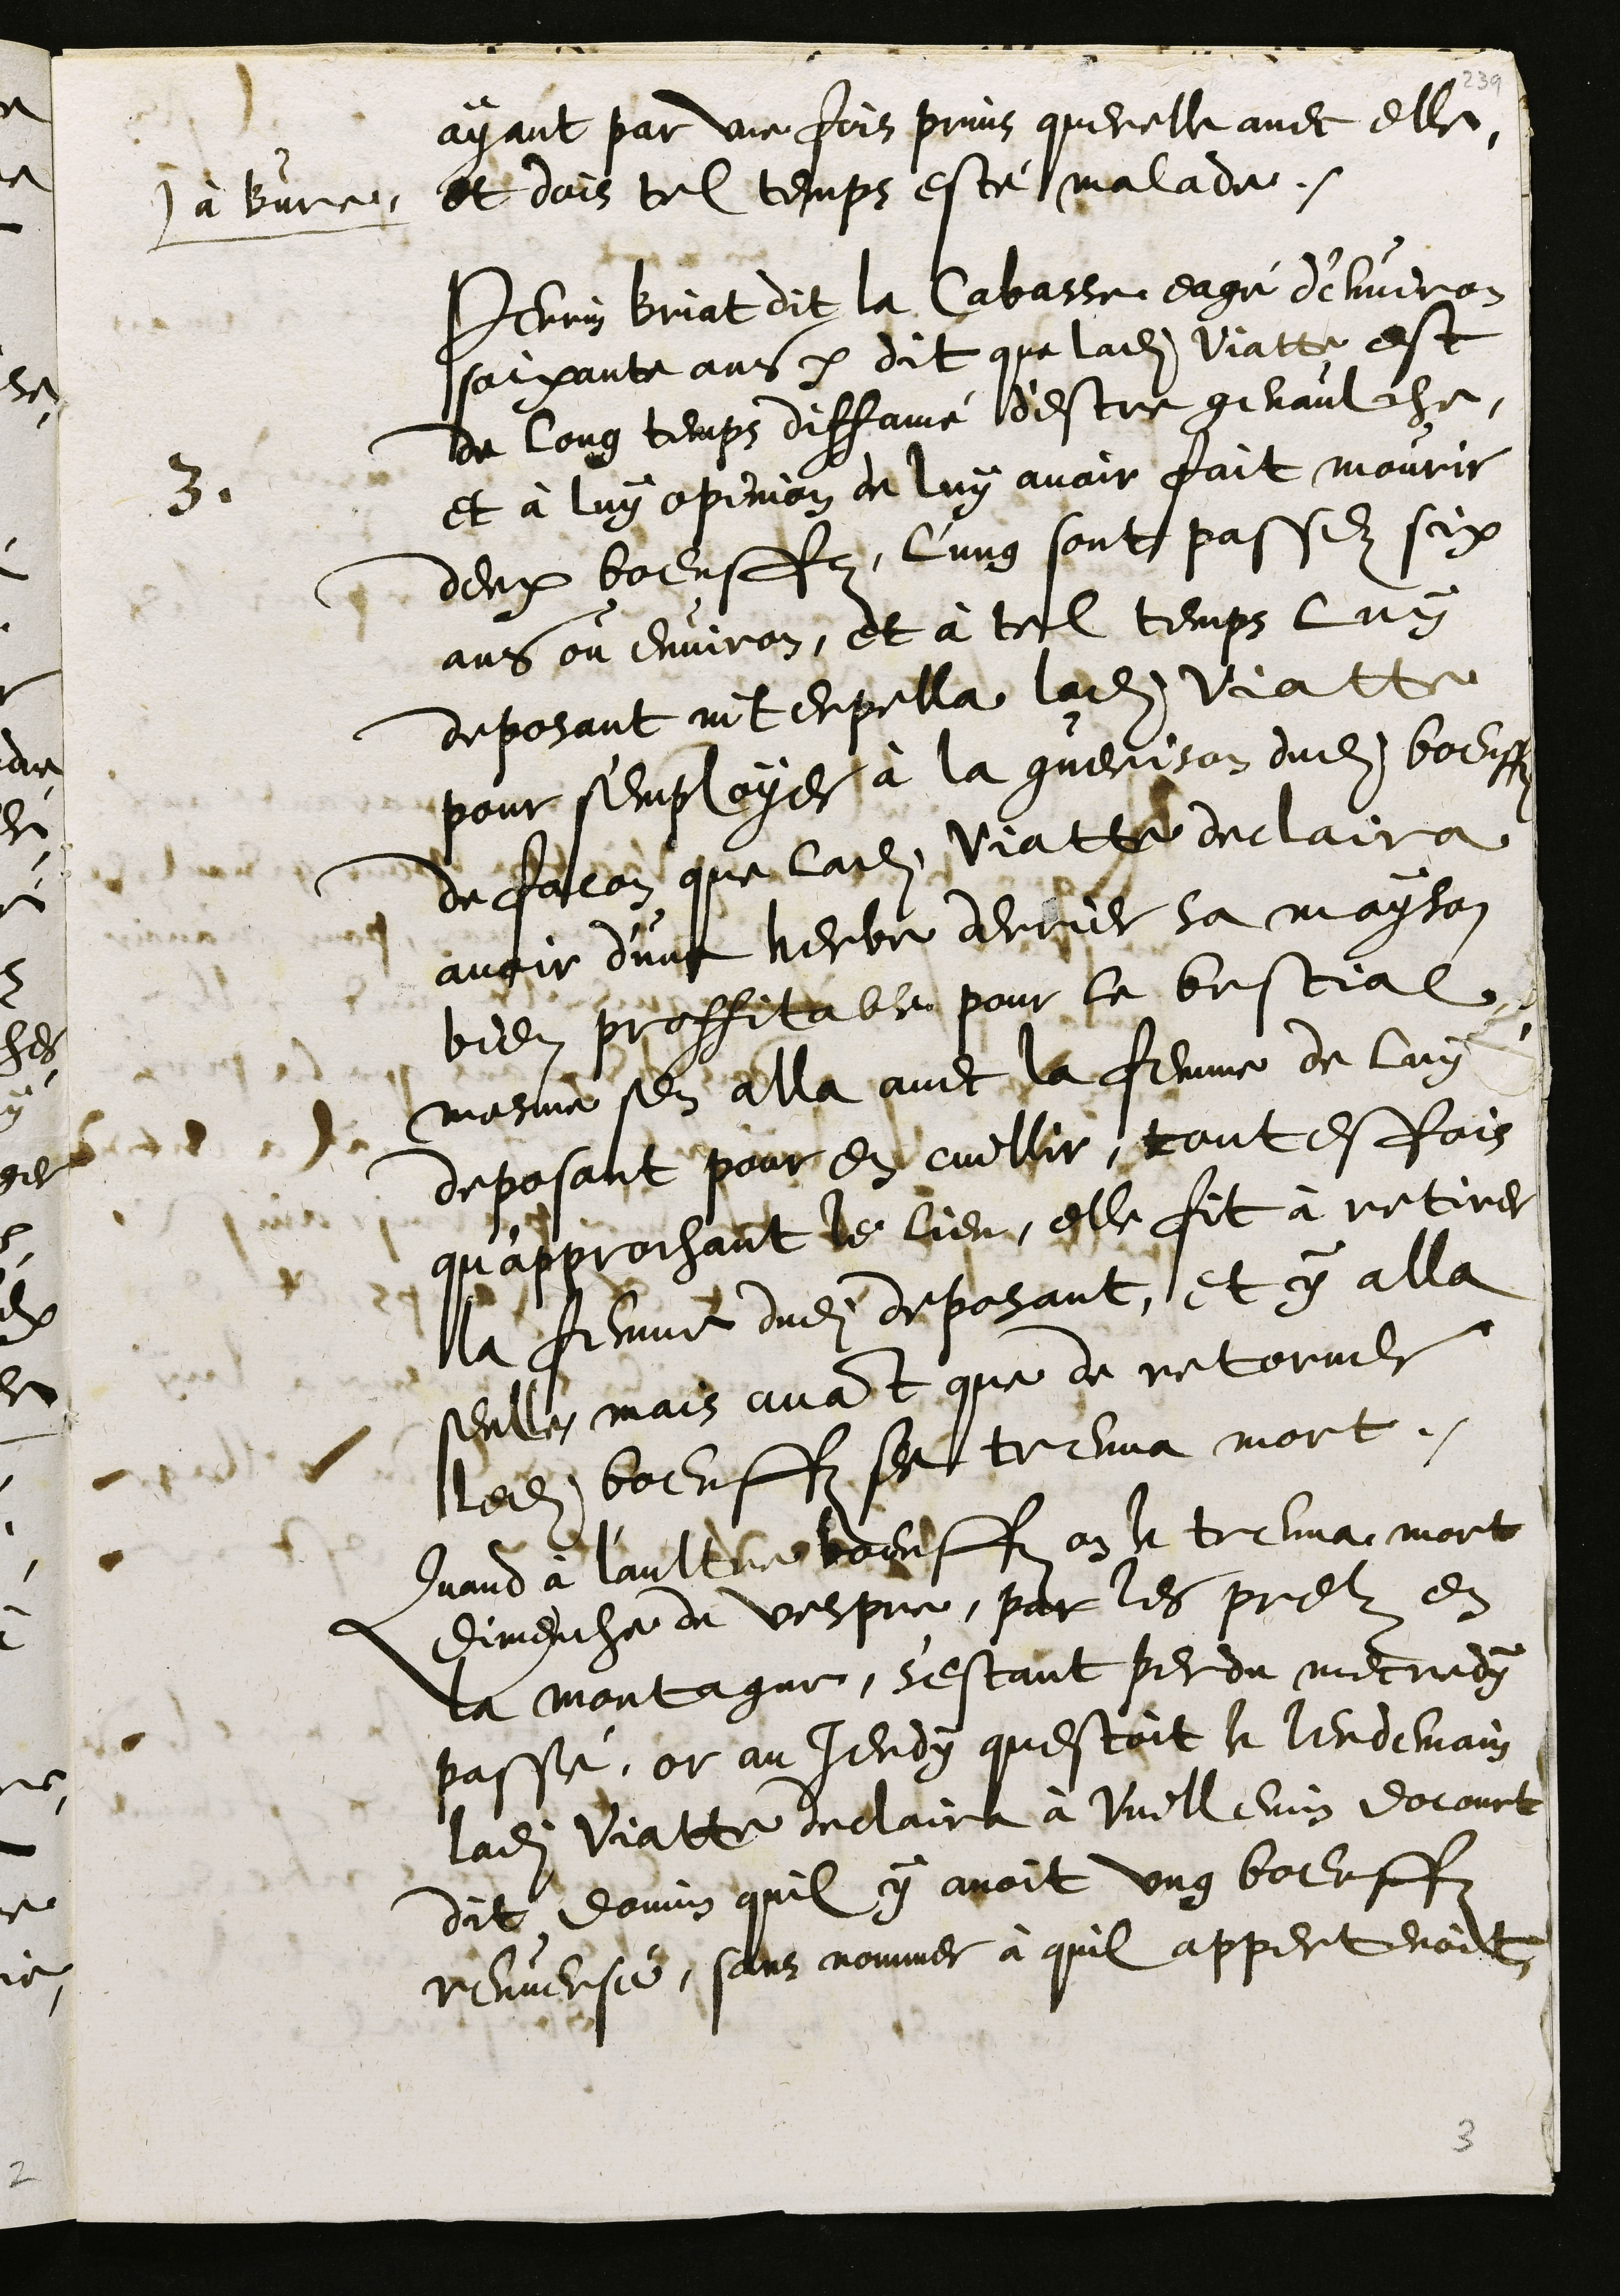
ayant par une fois prins querelle avec elle
à Bure et dois tel temps esté malade.
3
Perrin Briat dit la Cabasse eagé d'environ
soixante ans dit que ladite Viatte est
de long temps diffamé d'estre genaulche,
et à luy opinion de luy avoir fait mourir
deux boeuffz, l'ung sont passez six
ans ou environ, et à tel temps luy
deposant interpella ladite Viatte
pour s'employer à la guerison dudit boeuffz
de facon que ladite Viatte declaira
avoir d'une herbe derrier sa mayson
bien proffitable pour le bestial
mesme sen alla avec la femme de luy
deposant pour en cuillir, toutesfois
qu’approchant de lieu, elle fit à retirer
la femme dudit deposant, et y alla
seulle, mais avant que de retorner
ledit boeuffz se treuva mort.
Quand à l'aultre boeuffz on le treuva mort
dimenche de vespre, par les prelz en
la montagne, sestant perdu mecredy
passé, or au jeudy questoit le lendemain
ladite Viatte declaira à Vuillemin Docourt
dit Domin quil y avoit ung boeuffz
renversé, sans nommer à quil appertenoit

3